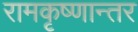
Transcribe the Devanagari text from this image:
रामकृष्णान्तर